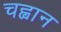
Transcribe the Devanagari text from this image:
चह्वान